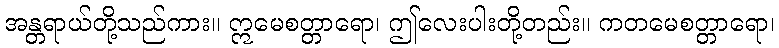
အန္တရာယ်တို့သည်ကား။ ဣမေစတ္တာရော၊ ဤလေးပါးတို့တည်း။ ကတမေစတ္တာရော၊